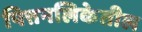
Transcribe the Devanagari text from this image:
पित्तनलिकेतील